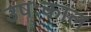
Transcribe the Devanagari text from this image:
उषःकाल